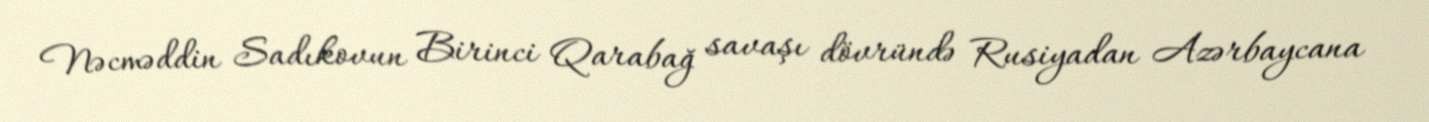
Nəcməddin Sadıkovun Birinci Qarabağ savaşı dövründə Rusiyadan Azərbaycana